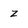
Character: z